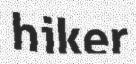
hiker